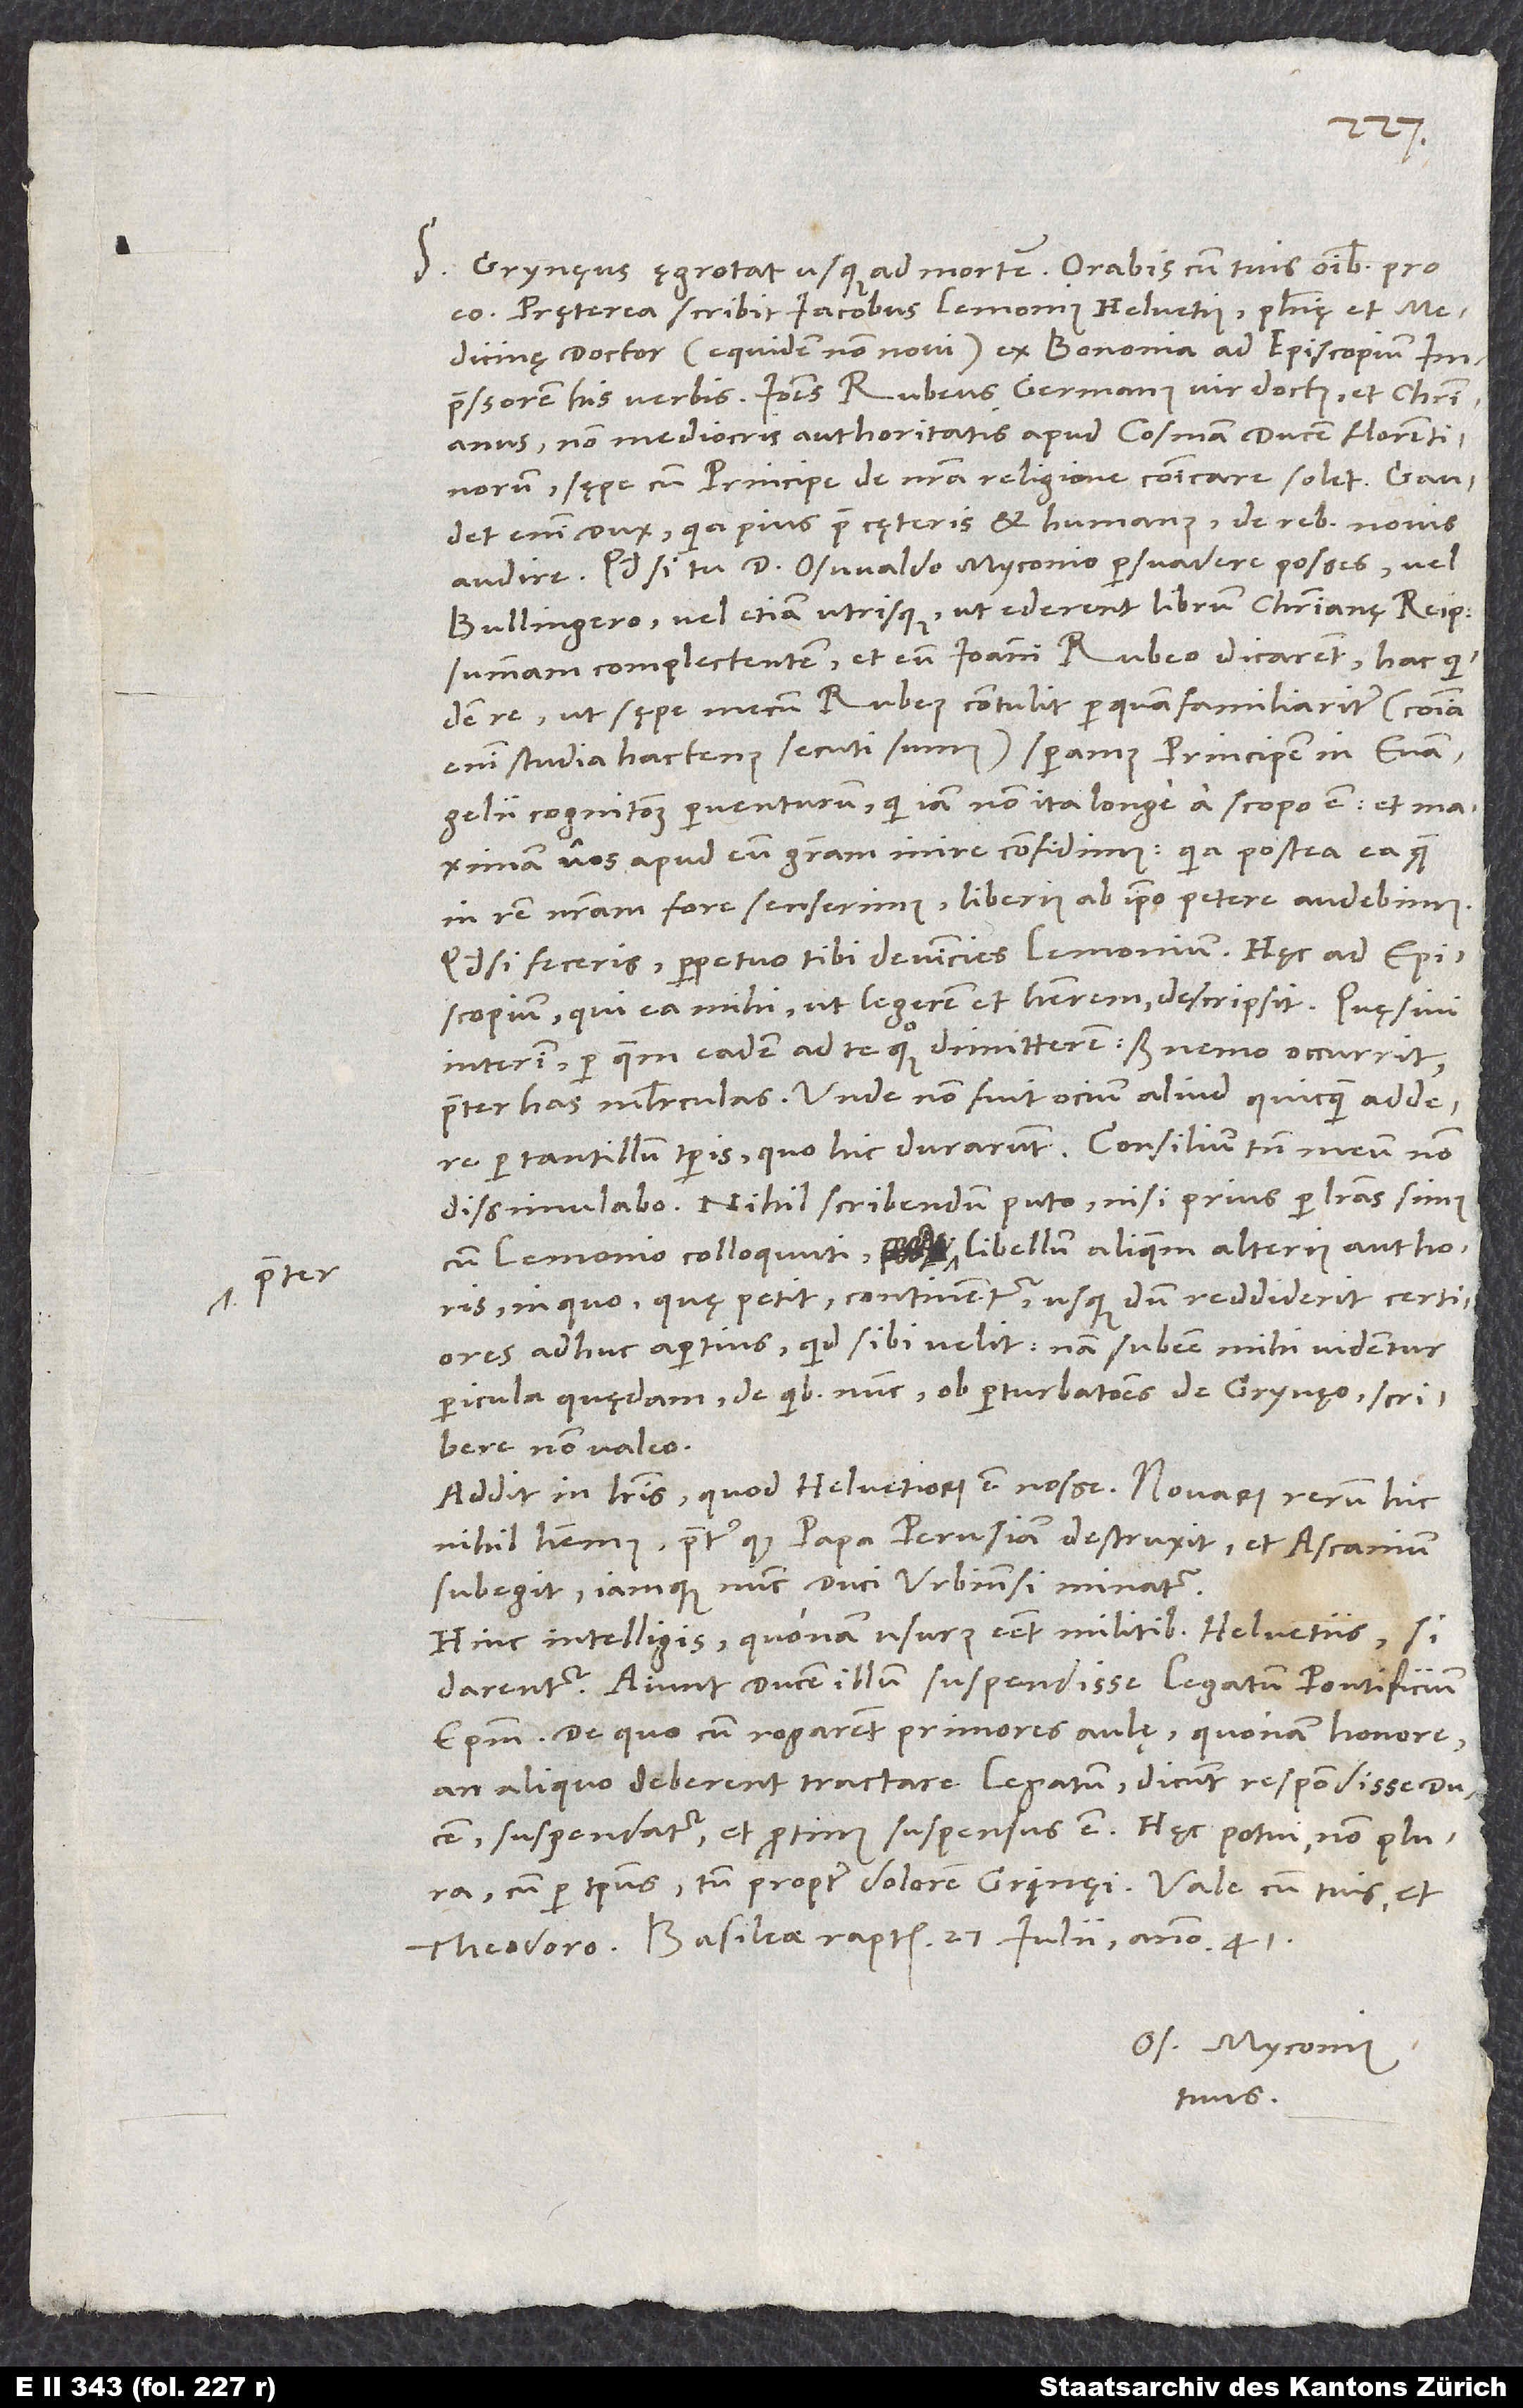
praeter

27.
S. Grynęus ęgrotat usque ad mortem. Orabis cum tuis omnibus pro eo.
Pręterea scribit Iacobus Lemonius Helvetius, philosophię et
medicinę doctor (equidem non novi) ex Bononia ad Episcopium his
non mediocris authoritatis apud Cosmam, ducem Florentinorum,
sępe cum principe de nostra religione communicare solet. Gaudet
enim dux, quia pius prae cęteris et humanus, de rebus novis
audire. Quod si tu d. Oswaldo Myconio persuadere posses vel
Bullingero vel etiam utrisque, ut ederent librum christianę reipublicae
summam complectentem et eum Ioanni Rubeo dicarent - hac quidem
re, ut sępe mecum Rubeus contulit perquam familiariter (communia
enim studia hactenus secuti sumus), speramus principem in evangelii
cognitionem perventurum, qui iam non ita longe a scopo est, et maximam
nos apud eam gratiam inire confidimus, quia postea ea, quę
in rem nostram fore senserimus, liberius ab ipso petere audebimus
quod si feceris, perpetuo tibi devincies Lemonium.“ Hęc ad Episcopium,
qui ea mihi, ut legerem et haberem, descripsit.
interim, per quem eadem ad te quoque dimitterem, sed nemo occurrit
has mulierculas. Unde non fuit ocium aliud quicquam addere
per tantillum temporis, quo hic durarunt. Consilium tamen meum non
dissimulabo: Nihil scribendum puto, nisi prius per literas simus
cum Lemonio colloquuti praeter libellum aliquem alterius authoris,
in quo, quę petit, continentur, usque dum reddiderit certiores
adhuc apertius, quid sibi velit; nam subesse mihi videntur
pericula quędam, de quibus nunc ob perturbationes de Grynęo scribere
non valeo.
Addit in literis, quod Helvetiorum est nosse: „Novarum rerum hic
nihil habemus, praeter quod papa Perusiam destruxit et Ascanium
subegit iamque nunc duci Urbinensi minatur.“
Hinc intelligis, quonam usurus esset militibus Helvetiis, si
Aiunt ducem illum suspendisse legatum pontificium,
episcopum. De quo cum rogarent primores aulę, quonam honore,
an aliquo, deberent tractare legatum, dicunt respondisse ducem:
cum per tempus tum propter dolorem Grynęi. Vale cum tuis et
Os. Myconius
tuus.